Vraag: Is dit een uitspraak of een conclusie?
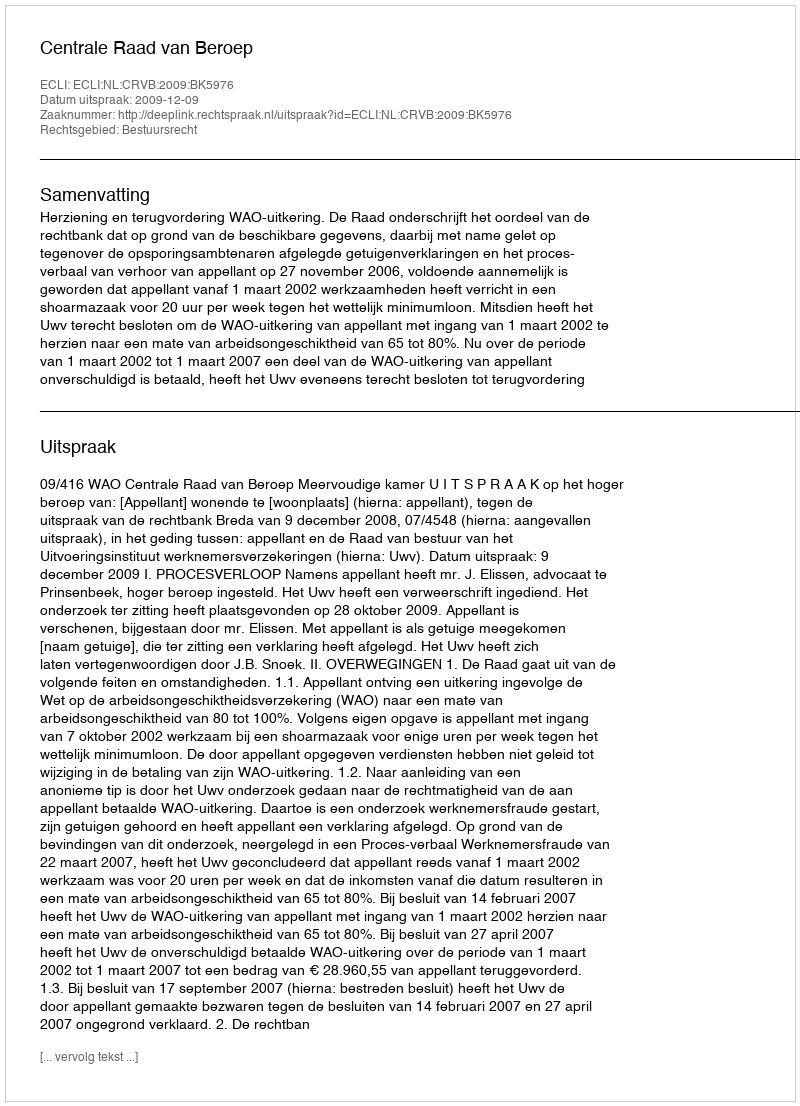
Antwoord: Uitspraak